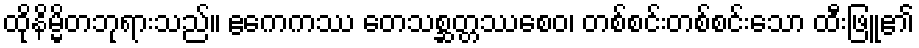
ထိုနိမ္မိတဘုရားသည်။ ဧကေကဿ တေသစ္ဆတ္တဿစေဝ၊ တစ်စင်းတစ်စင်းသော ထီးဖြူ၏